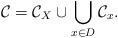
LaTeX: \begin{align*}\mathcal{C} = \mathcal{C}_X \cup \bigcup_{x \in D} \mathcal{C}_x.\end{align*}